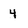
Character: 4